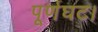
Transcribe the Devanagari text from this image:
पूर्णघट।